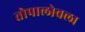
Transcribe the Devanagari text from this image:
तोपालोवला